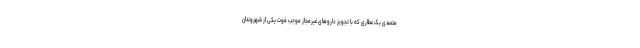
متصدی یک عطاری که با تجویز داروهای غیرمجاز موجب فوت یکی از شهروندان